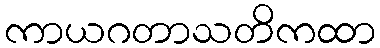
ကာယဂတာသတိကထာ